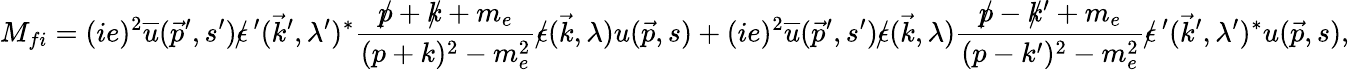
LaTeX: M_{fi}=(ie)^{2}{\overline{{u}}}({\vec{p}}^{\prime},s^{\prime})\epsilon\! \! \! /\, ^{\prime}({\vec{k}}^{\prime},\lambda^{\prime})^{*}{\frac{p\! \! \! /+k\! \! \! /+m_{e}}{(p+k)^{2}-m_{e}^{2}}}\epsilon\! \! \! /({\vec{k}},\lambda)u({\vec{p}},s)+(ie)^{2}{\overline{{u}}}({\vec{p}}^{\prime},s^{\prime})\epsilon\! \! \! /({\vec{k}},\lambda){\frac{p\! \! \! /-k\! \! \! /^{\prime}+m_{e}}{(p-k^{\prime})^{2}-m_{e}^{2}}}\epsilon\! \! \! /\, ^{\prime}({\vec{k}}^{\prime},\lambda^{\prime})^{*}u({\vec{p}},s),